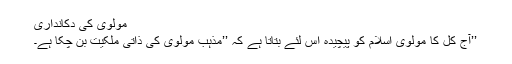
مولوی کی دکانداری
’’آج کل کا مولوی اسلام کو پیچیدہ اس لئے بتاتا ہے کہ ’’مذہب مولوی کی ذاتی ملکیت بن چکا ہے۔